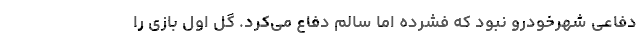
دفاعی شهرخودرو نبود که فشرده اما سالم دفاع می‌کرد. گل اول بازی را